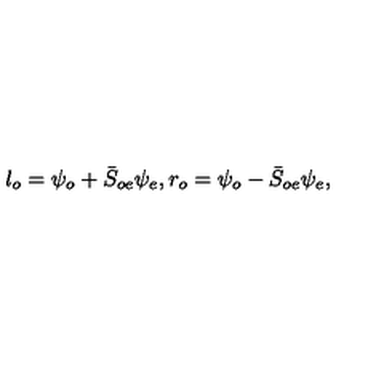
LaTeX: l _ { o } = \psi _ { o } + \bar { S } _ { o e } \psi _ { e } , r _ { o } = \psi _ { o } - \bar { S } _ { o e } \psi _ { e } ,